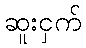
ဆူးငှက်